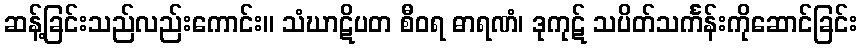
ဆန့်ခြင်းသည်လည်းကောင်း။ သံဃာဋိပတ စီဝရ ဓာရဏံ၊ ဒုကုဋ် သပိတ်သင်္ကန်းကိုဆောင်ခြင်း